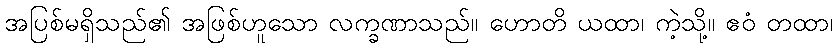
အပြစ်မရှိသည်၏ အဖြစ်ဟူသော လက္ခဏာသည်။ ဟောတိ ယထာ၊ ကဲ့သို့။ ဧဝံ တထာ၊